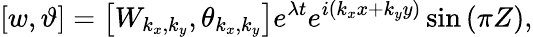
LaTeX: \left[w,\vartheta\right]=\left[W_{k_{x},k_{y}},\theta_{k_{x},k_{y}}\right]e^{\lambda t}e^{i\left(k_{x}x+k_{y}y\right)}\sin\left(\pi Z\right),